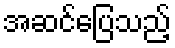
အဆင်ပြေသည့်